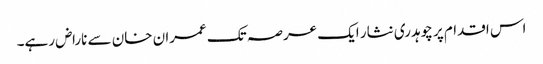
اس اقدام پر چوہدری نثار ایک عرصہ تک عمران خان سے ناراض رہے۔